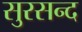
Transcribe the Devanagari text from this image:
सुरसन्द